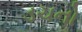
ડચનો